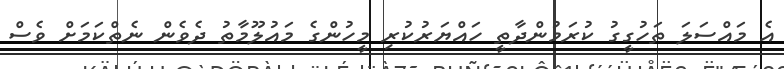
އެ މައްސަލަ ތަހުގީގު ކުރަމުންދާތީ ހައްޔަރުކުރި މީހުންގެ މައުލޫމާތު ދެވެން ނެތްކަމަށް ވެސް